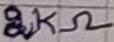
Text: 2KΩ